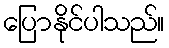
ပြောနိုင်ပါသည်။